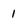
Character: 1